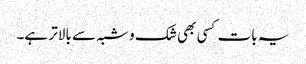
یہ بات کسی بھی شک و شبہ سے بالاتر ہے۔